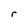
Character: r